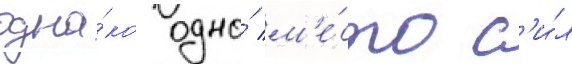
одна́ко одно́ м'е́сто с'и́л